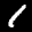
Label: 1